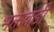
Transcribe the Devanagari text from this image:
भक्तवडी